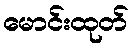
မောင်းထုတ်